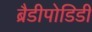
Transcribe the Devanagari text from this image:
ब्रैडीपोडिडी